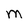
Character: M